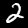
Label: 2